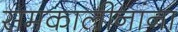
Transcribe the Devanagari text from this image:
समकालीनांना